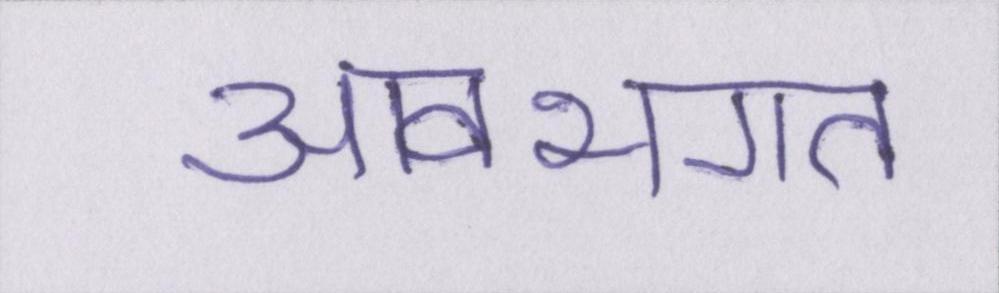
आवभगत